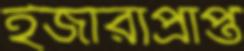
ইজারাপ্রাপ্ত